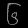
Digit: ၆